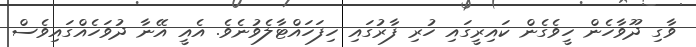
ވާގި ދޫވާހެން ހީވެގެން ކައިރީގައި ހުރި ފާރުގައި ހިފަހައްޓާލެވުނެވެ. އެއީ އޭނާ ދުވަހެއްގައިވެސް